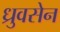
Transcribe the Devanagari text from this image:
ध्रुवसेन